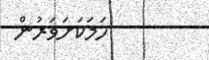
ހަމަކަށަވަރުން